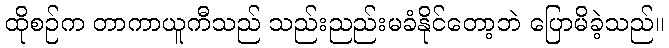
ထိုစဉ်က တာကာယူကီသည် သည်းညည်းမခံနိုင်တော့ဘဲ ပြောမိခဲ့သည်။